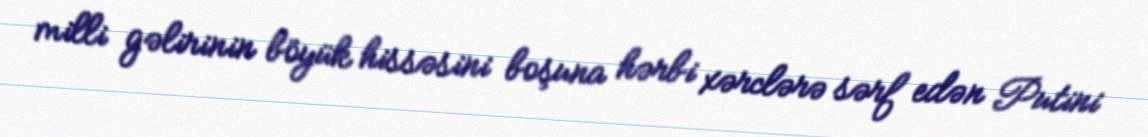
milli gəlirinin böyük hissəsini boşuna hərbi xərclərə sərf edən Putini